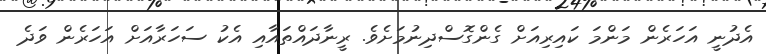
އެދުނީ އަހަރެން މަންމަ ކައިރިއަށް ގެންގޮސްދިނުމަށެވެ. ރީނާދައްތައާއި އެކު ސަހަރާއަށް އަހަރެން ވަދެ